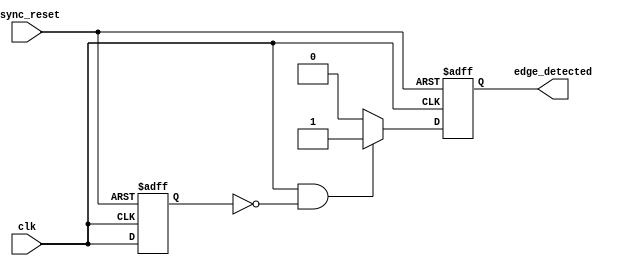
module edge_detector (
    input wire clk,              // Input signal for edge detection
    input wire async_reset,      // Asynchronous reset signal
    output reg edge_detected      // Output pulse for edge detection
);

    reg previous_state;          // Register to hold the previous state of clk

    // Asynchronous reset and edge detection logic
    always @(posedge clk or posedge async_reset) begin
        if (async_reset) begin
            previous_state <= 1'b0; // Initialize previous state to 0 on reset
            edge_detected <= 1'b0;   // Initialize output to 0 on reset
        end else begin
            // Edge detection logic
            if (clk && !previous_state) begin
                edge_detected <= 1'b1; // Rising edge detected
            end else begin
                edge_detected <= 1'b0;   // No edge detected
            end
            
            // Update previous state
            previous_state <= clk;       // Store current state for next detection
        end
    end
endmodule